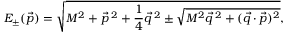
E _ { \pm } ( \vec { p } ) = \sqrt { M ^ { 2 } + \vec { p } \, ^ { 2 } + \frac { 1 } { 4 } \vec { q } \, ^ { 2 } \pm \sqrt { M ^ { 2 } \vec { q } \, ^ { 2 } + ( \vec { q } \cdot \vec { p } ) ^ { 2 } } } ,